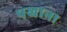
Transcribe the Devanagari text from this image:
पखाना